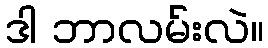
ဒါ ဘာလမ်းလဲ။